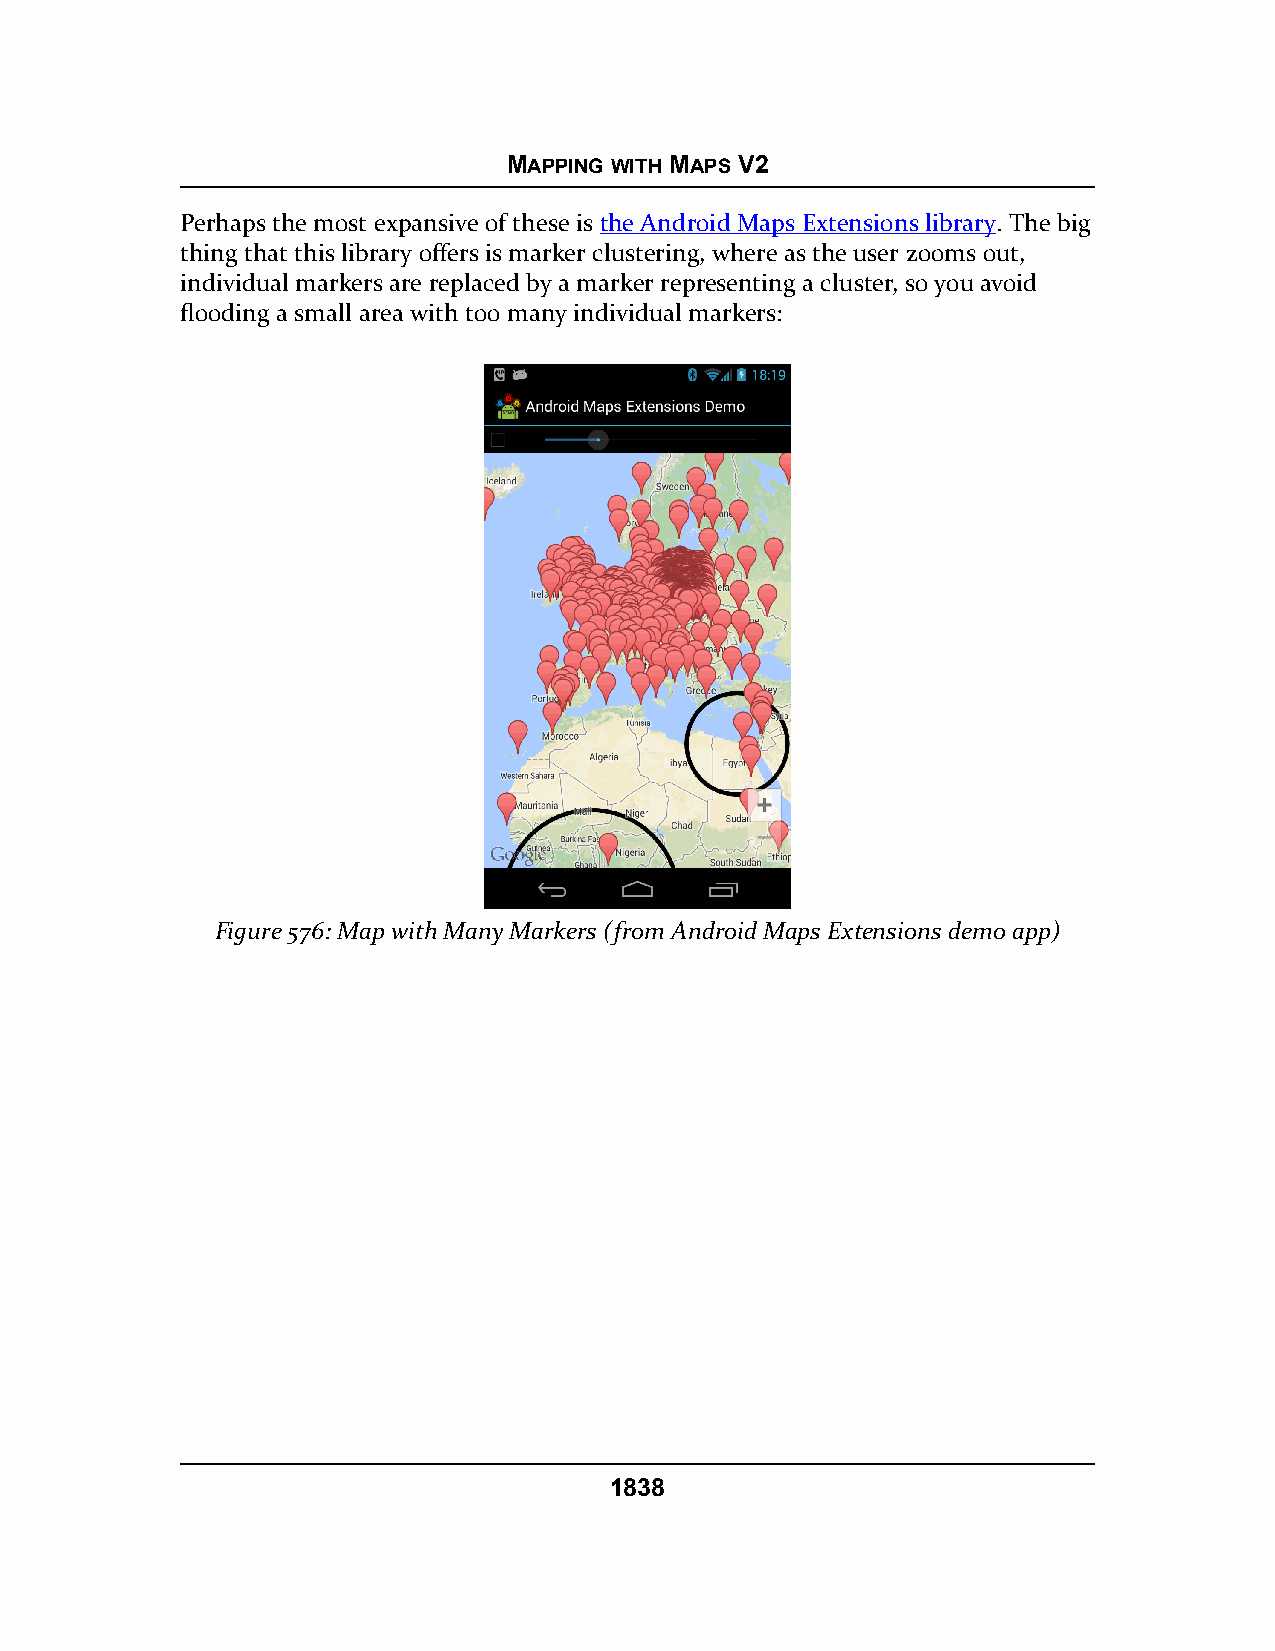
MAPPING WITH MAPS V2
 Perhaps the most expansive of these is the Android Maps Extensions library. The big
 thing that this library offers is marker clustering, where as the user zooms out,
 individual markers are replaced by a marker representing a cluster, so you avoid
 flooding a small area with too many individual markers:
 Figure 576: Map with Many Markers (from Android Maps Extensions demo app)
 1838